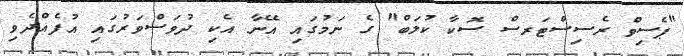
"ޕެސިވް ރެސިސްޓަރސް ސޮކާ ކުލަބް" ގެ ނަމުގައި އޭނާ އެކި ދުވަސްވަރުގައި އުފެއްދެވި